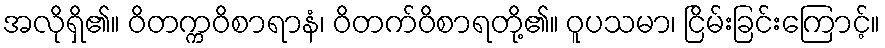
အလိုရှိ၏။ ဝိတက္ကဝိစာရာနံ၊ ဝိတက်ဝိစာရတို့၏။ ဝူပသမာ၊ ငြိမ်းခြင်းကြောင့်။